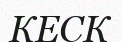
КЕСК